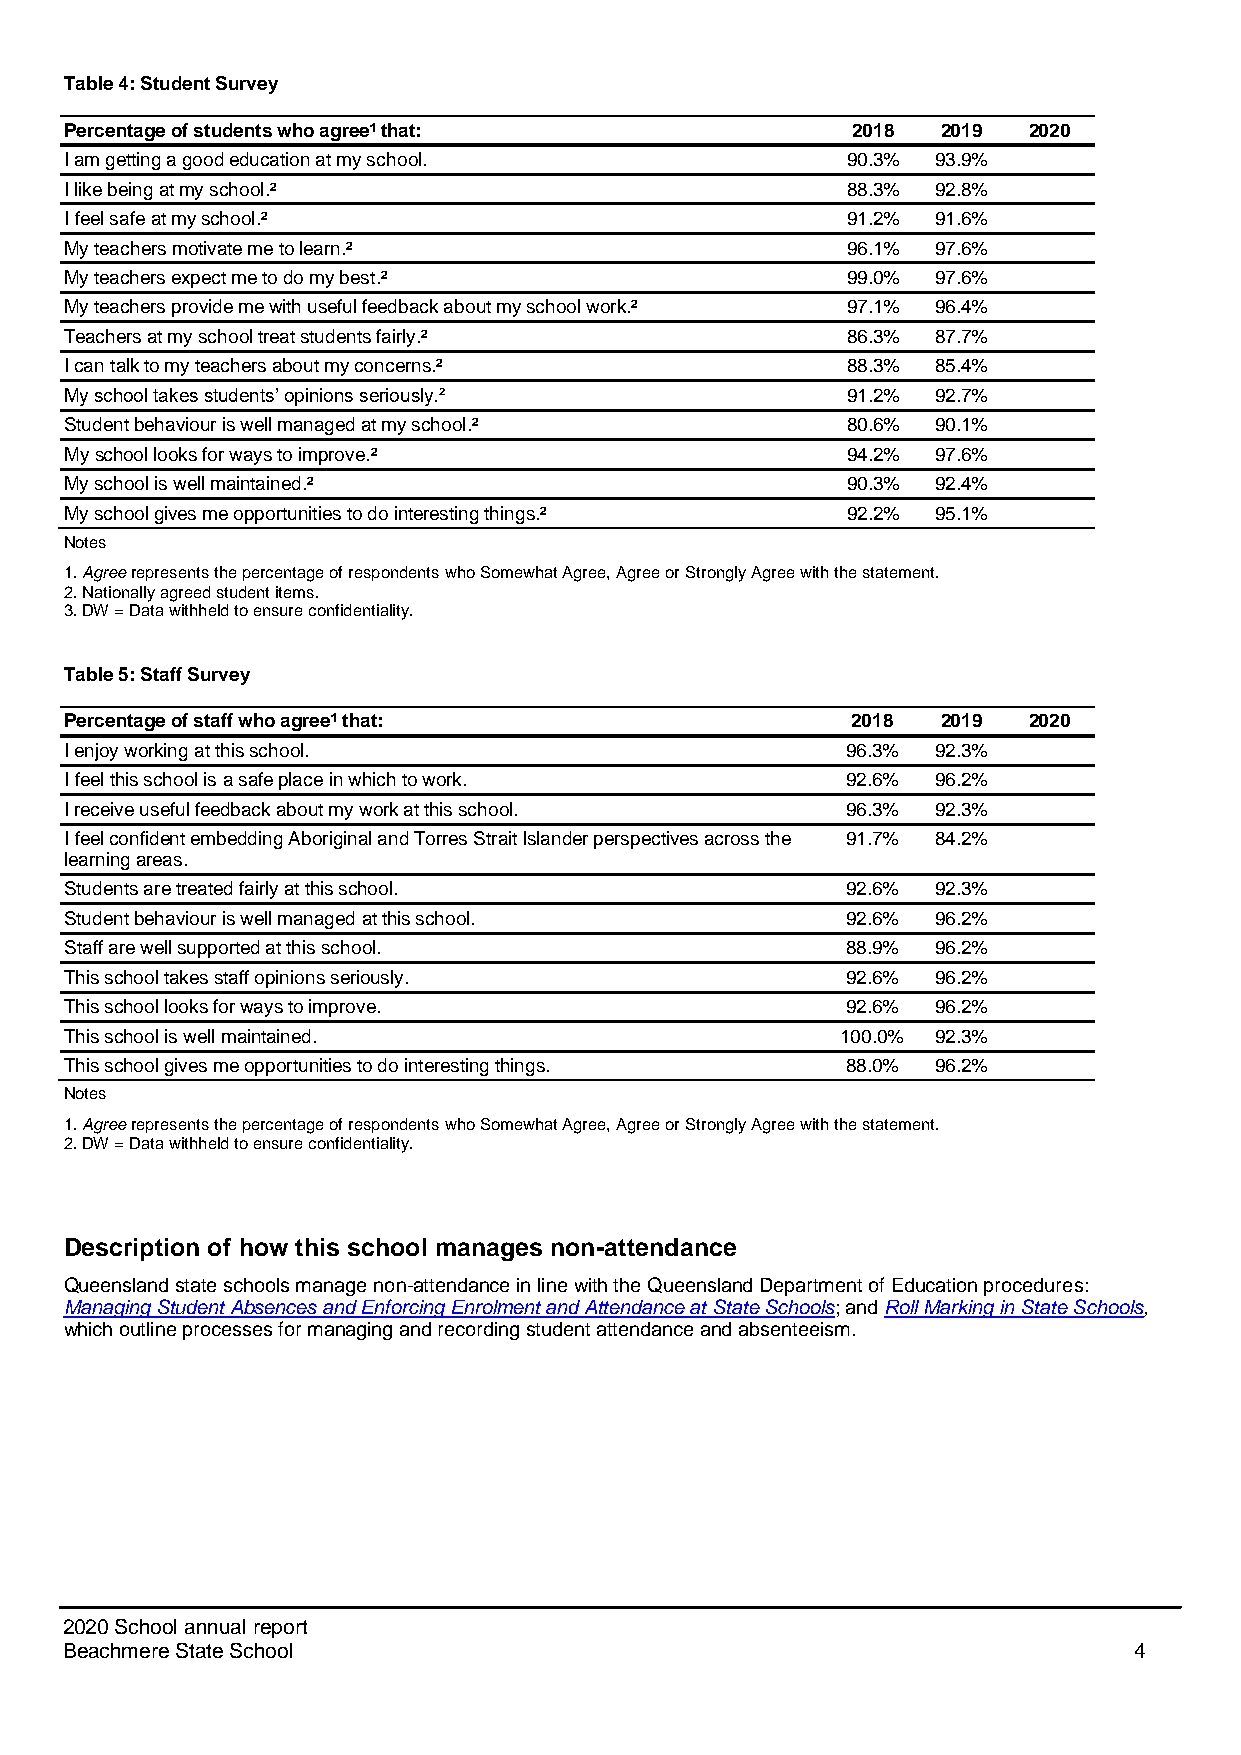
Table 4: Student Survey
 Percentage of students who agree¹ that:             2018  2019  2020
 I am getting a good education at my school.         90.3% 93.9%
 I like being at my school.²                         88.3% 92.8%
 I feel safe at my school.²                          91.2% 91.6%
 My teachers motivate me to learn.²                  96.1% 97.6%
 My teachers expect me to do my best.²               99.0% 97.6%
 My teachers provide me with useful feedback about my school work.² 97.1% 96.4%
 Teachers at my school treat students fairly.²       86.3% 87.7%
 I can talk to my teachers about my concerns.²       88.3% 85.4%
 My school takes students’ opinions seriously.²      91.2% 92.7%
 Student behaviour is well managed at my school.²    80.6% 90.1%
 My school looks for ways to improve.²               94.2% 97.6%
 My school is well maintained.²                      90.3% 92.4%
 My school gives me opportunities to do interesting things.² 92.2% 95.1%
 Notes
 1. Agree represents the percentage of respondents who Somewhat Agree, Agree or Strongly Agree with the statement.
 2. Nationally agreed student items.
 3. DW = Data withheld to ensure confidentiality.
 Table 5: Staff Survey
 Percentage of staff who agree¹ that:                2018  2019  2020
 I enjoy working at this school.                     96.3% 92.3%
 I feel this school is a safe place in which to work. 92.6% 96.2%
 I receive useful feedback about my work at this school. 96.3% 92.3%
 I feel confident embedding Aboriginal and Torres Strait Islander perspectives across the 91.7% 84.2%
 learning areas.
 Students are treated fairly at this school.         92.6% 92.3%
 Student behaviour is well managed at this school.   92.6% 96.2%
 Staff are well supported at this school.            88.9% 96.2%
 This school takes staff opinions seriously.         92.6% 96.2%
 This school looks for ways to improve.              92.6% 96.2%
 This school is well maintained.                     100.0% 92.3%
 This school gives me opportunities to do interesting things. 88.0% 96.2%
 Notes
 1. Agree represents the percentage of respondents who Somewhat Agree, Agree or Strongly Agree with the statement.
 2. DW = Data withheld to ensure confidentiality.
 Description of how this school manages non-attendance
 Queensland state schools manage non-attendance in line with the Queensland Department of Education procedures:
 Managing Student Absences and Enforcing Enrolment and Attendance at State Schools; and Roll Marking in State Schools,
 which outline processes for managing and recording student attendance and absenteeism.
 2020 School annual report
 Beachmere State School                                                 4